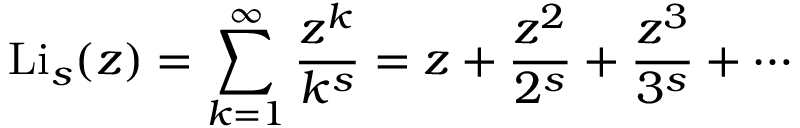
\operatorname { L i } _ { s } ( z ) = \sum _ { k = 1 } ^ { \infty } { \frac { z ^ { k } } { k ^ { s } } } = z + { \frac { z ^ { 2 } } { 2 ^ { s } } } + { \frac { z ^ { 3 } } { 3 ^ { s } } } + \cdots